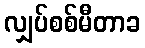
လျှပ်စစ်မီတာခ